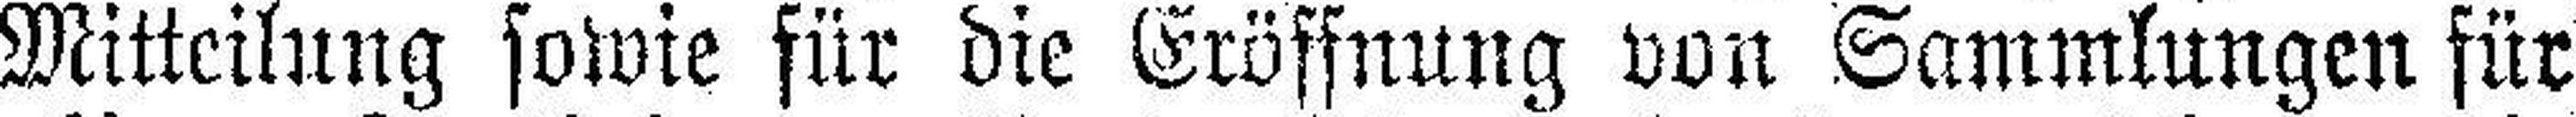
Mitteilung sowie für die Eröffnung von Sammlungen für